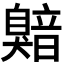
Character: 𬛯